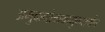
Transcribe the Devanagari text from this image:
अमुकगोत्रायामुकशर्मण्